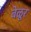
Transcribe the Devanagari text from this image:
बेळूर